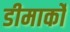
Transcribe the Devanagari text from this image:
डीमार्को